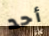
أحد